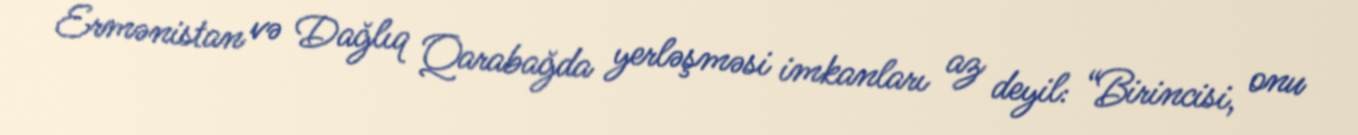
Ermənistan və Dağlıq Qarabağda yerləşməsi imkanları az deyil: “Birincisi, onu